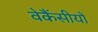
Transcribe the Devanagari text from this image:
वेकैंसीयों